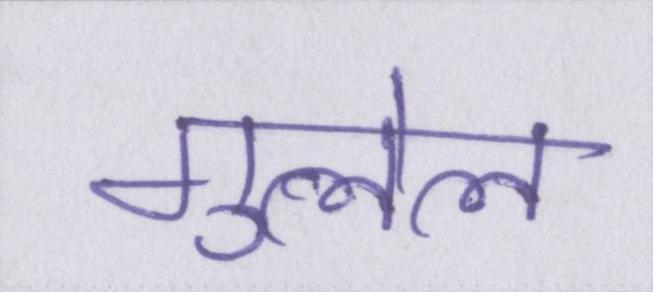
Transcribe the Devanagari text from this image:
गुलेल